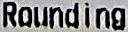
ROUNDING